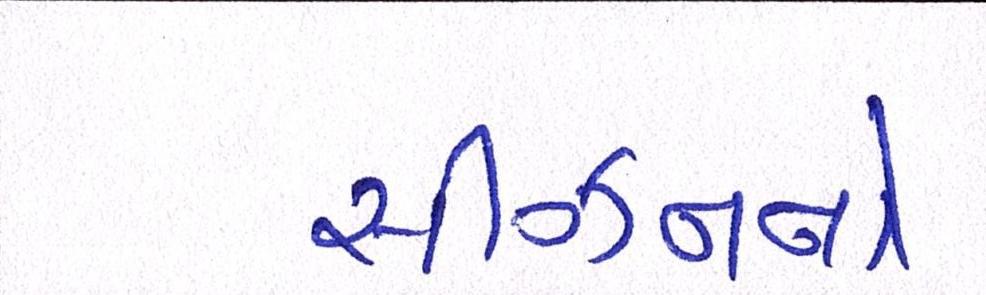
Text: સીઝનનો